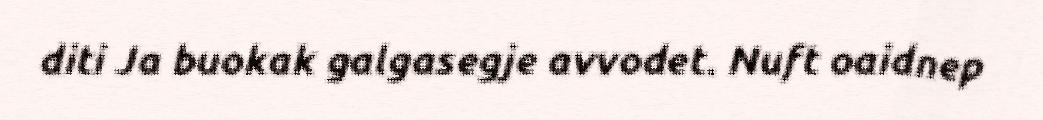
diti Ja buokak galgasegje avvodet. Nuft oaidnep